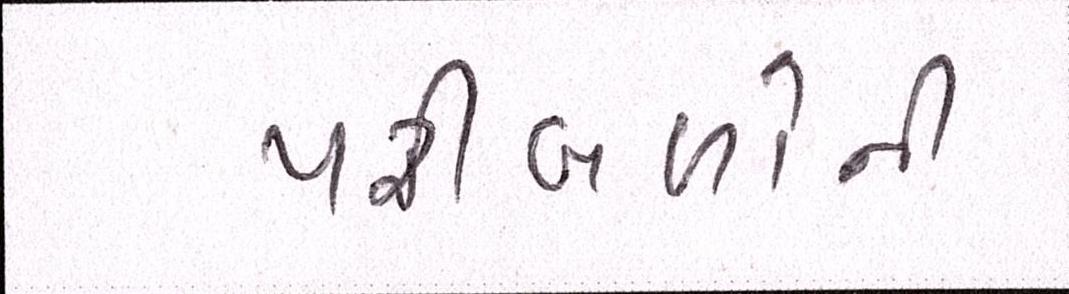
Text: પરીબળોની